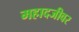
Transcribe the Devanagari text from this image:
महादजीवर